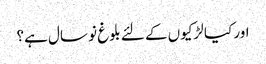
اور کیا لڑکیوں کے لئے بلوغ نو سال ہے؟